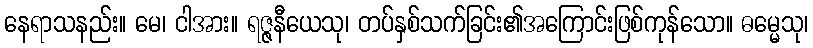
နေရာသနည်း။ မေ၊ ငါအား။ ရဇ္ဇနီယေသု၊ တပ်နှစ်သက်ခြင်း၏အကြောင်းဖြစ်ကုန်သော။ ဓမ္မေသု၊